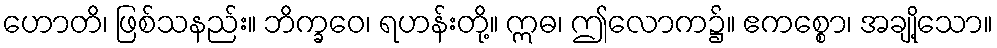
ဟောတိ၊ ဖြစ်သနည်း။ ဘိက္ခဝေ၊ ရဟန်းတို့။ ဣဓ၊ ဤလောက၌။ ဧကစ္စော၊ အချို့သော။